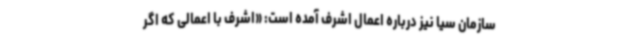
سازمان سیا نیز درباره اعمال اشرف آمده است: «اشرف با اعمالی که اگر